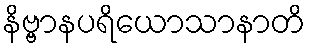
နိဗ္ဗာနပရိယောသာနာတိ